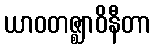
ယာဝတဇ္ဈာဝိနီတာ